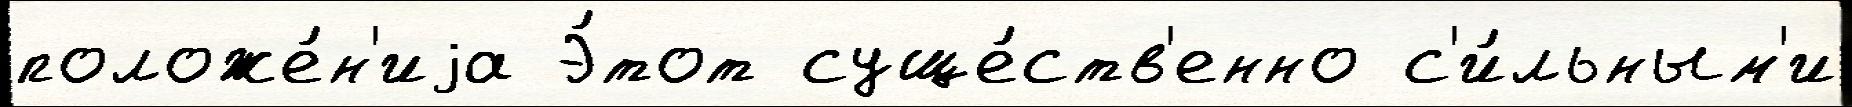
положе́н'иjа Э́тот суще́ств'енно с'и́льным'и